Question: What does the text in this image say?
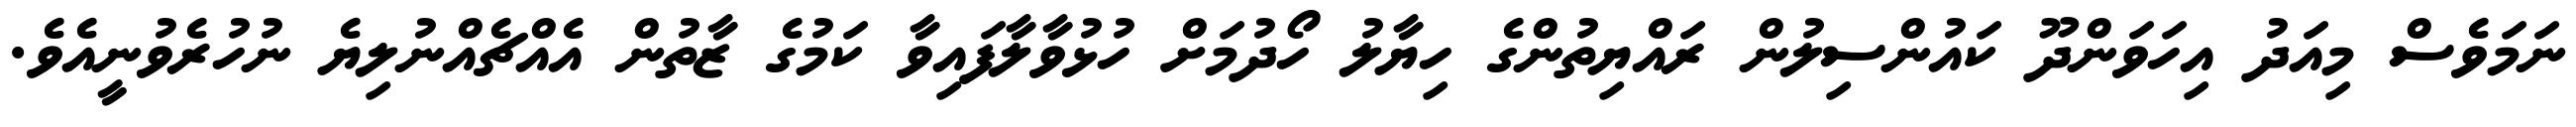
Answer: ނަމަވެސް މިއަދު އިހަވަންދޫ ކައުންސިލުން ރައްޔިތުންގެ ހިޔާލު ހޯދުމަށް ހުޅުވާލާފައިވާ ކަމުގެ ޒާތުން އެއްޗެއްނުލިޔެ ނުހުރެވުނީއެވެ.